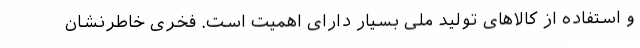
و استفاده از کالاهای تولید ملی بسیار دارای اهمیت است. فخری خاطرنشان